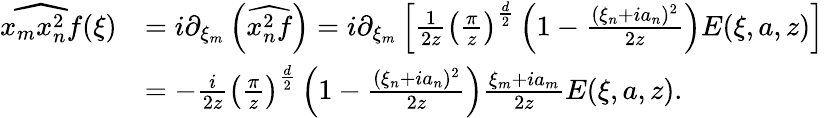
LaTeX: \begin{array}{rl}{\widehat{x_{m}x_{n}^{2}f}(\xi)}&{=i\partial_{\xi_{m}}\left(\widehat{x_{n}^{2}f}\right)=i\partial_{\xi_{m}}\left[\frac{1}{2z}\left(\frac{\pi}{z}\right)^{\frac{d}{2}}\left(1-\frac{(\xi_{n}+ia_{n})^{2}}{2z}\right)E(\xi,a,z)\right]}\\ &{=-\frac{i}{2z}\left(\frac{\pi}{z}\right)^{\frac{d}{2}}\left(1-\frac{(\xi_{n}+ia_{n})^{2}}{2z}\right)\frac{\xi_{m}+ia_{m}}{2z}E(\xi,a,z).}\end{array}